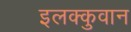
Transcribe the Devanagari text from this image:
इलक्कुवान